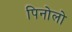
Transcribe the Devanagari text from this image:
पिनोलो